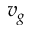
v _ { g }